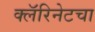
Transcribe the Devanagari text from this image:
क्लॅरिनेटचा